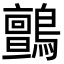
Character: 鸇